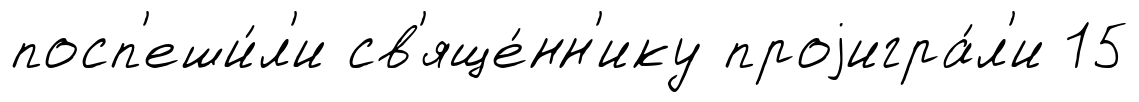
посп'еши́л'и св'яще́нн'ику проjигра́л'и 15